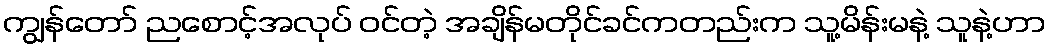
ကျွန်တော် ညစောင့်အလုပ် ဝင်တဲ့ အချိန်မတိုင်ခင်ကတည်းက သူ့မိန်းမနဲ့ သူနဲ့ဟာ